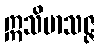
ဣသိမာသဇ္ဇ